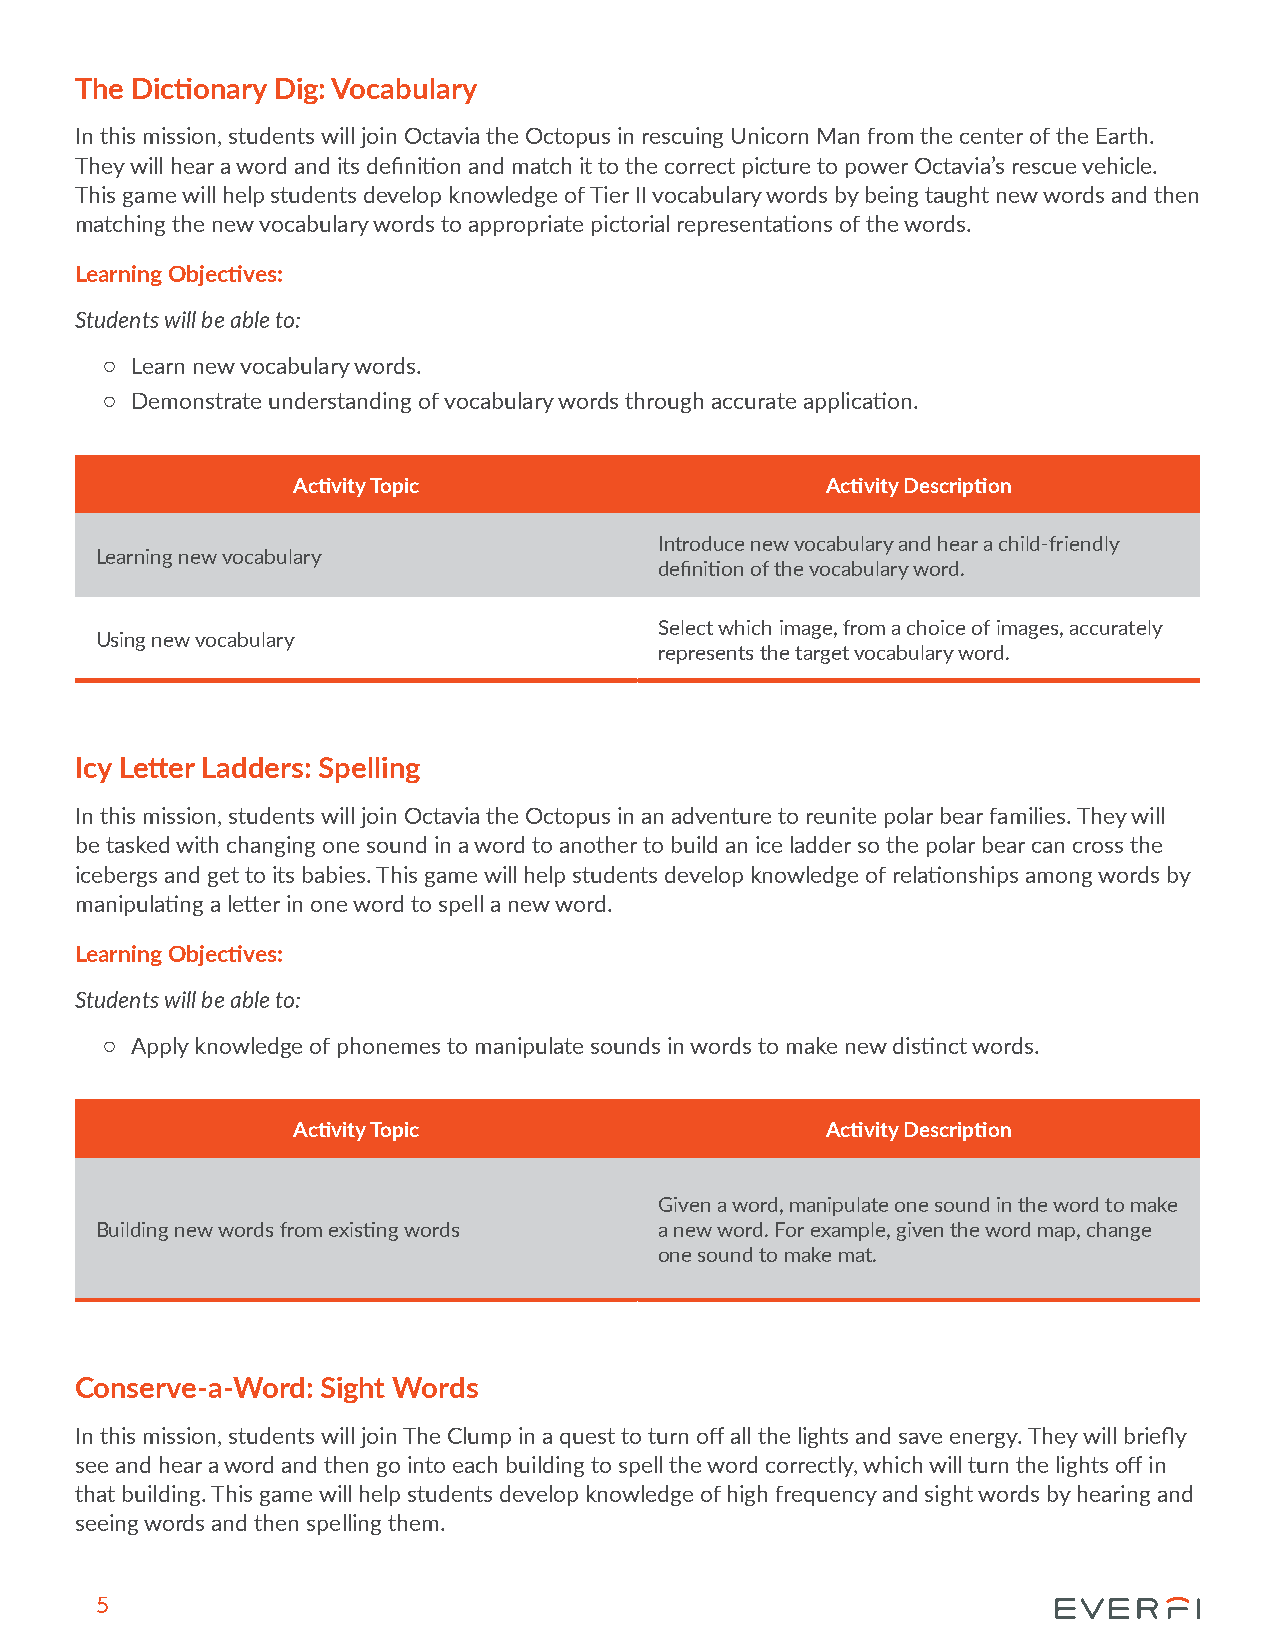
The Dictionary Dig: Vocabulary
 In this mission, students will join Octavia the Octopus in rescuing Unicorn Man from the center of the Earth.
 They will hear a word and its definition and match it to the correct picture to power Octavia’s rescue vehicle.
 This game will help students develop knowledge of Tier II vocabulary words by being taught new words and then
 matching the new vocabulary words to appropriate pictorial representations of the words.
 Learning Objectives:
 Students will be able to:
 { Learn new vocabulary words.
 { Demonstrate understanding of vocabulary words through accurate application.
 Activity Topic                      Activity Description
 Introduce new vocabulary and hear a child-friendly
 Learning new vocabulary
 definition of the vocabulary word.
 Select which image, from a choice of images, accurately
 Using new vocabulary
 represents the target vocabulary word.
 Icy Letter Ladders: Spelling
 In this mission, students will join Octavia the Octopus in an adventure to reunite polar bear families. They will
 be tasked with changing one sound in a word to another to build an ice ladder so the polar bear can cross the
 icebergs and get to its babies. This game will help students develop knowledge of relationships among words by
 manipulating a letter in one word to spell a new word.
 Learning Objectives:
 Students will be able to:
 { Apply knowledge of phonemes to manipulate sounds in words to make new distinct words.
 Activity Topic                      Activity Description
 Given a word, manipulate one sound in the word to make
 Building new words from existing words a new word. For example, given the word map, change
 one sound to make mat.
 Conserve-a-Word: Sight Words
 In this mission, students will join The Clump in a quest to turn off all the lights and save energy. They will briefly
 see and hear a word and then go into each building to spell the word correctly, which will turn the lights off in
 that building. This game will help students develop knowledge of high frequency and sight words by hearing and
 seeing words and then spelling them.
 5